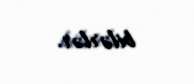
bilərlər.